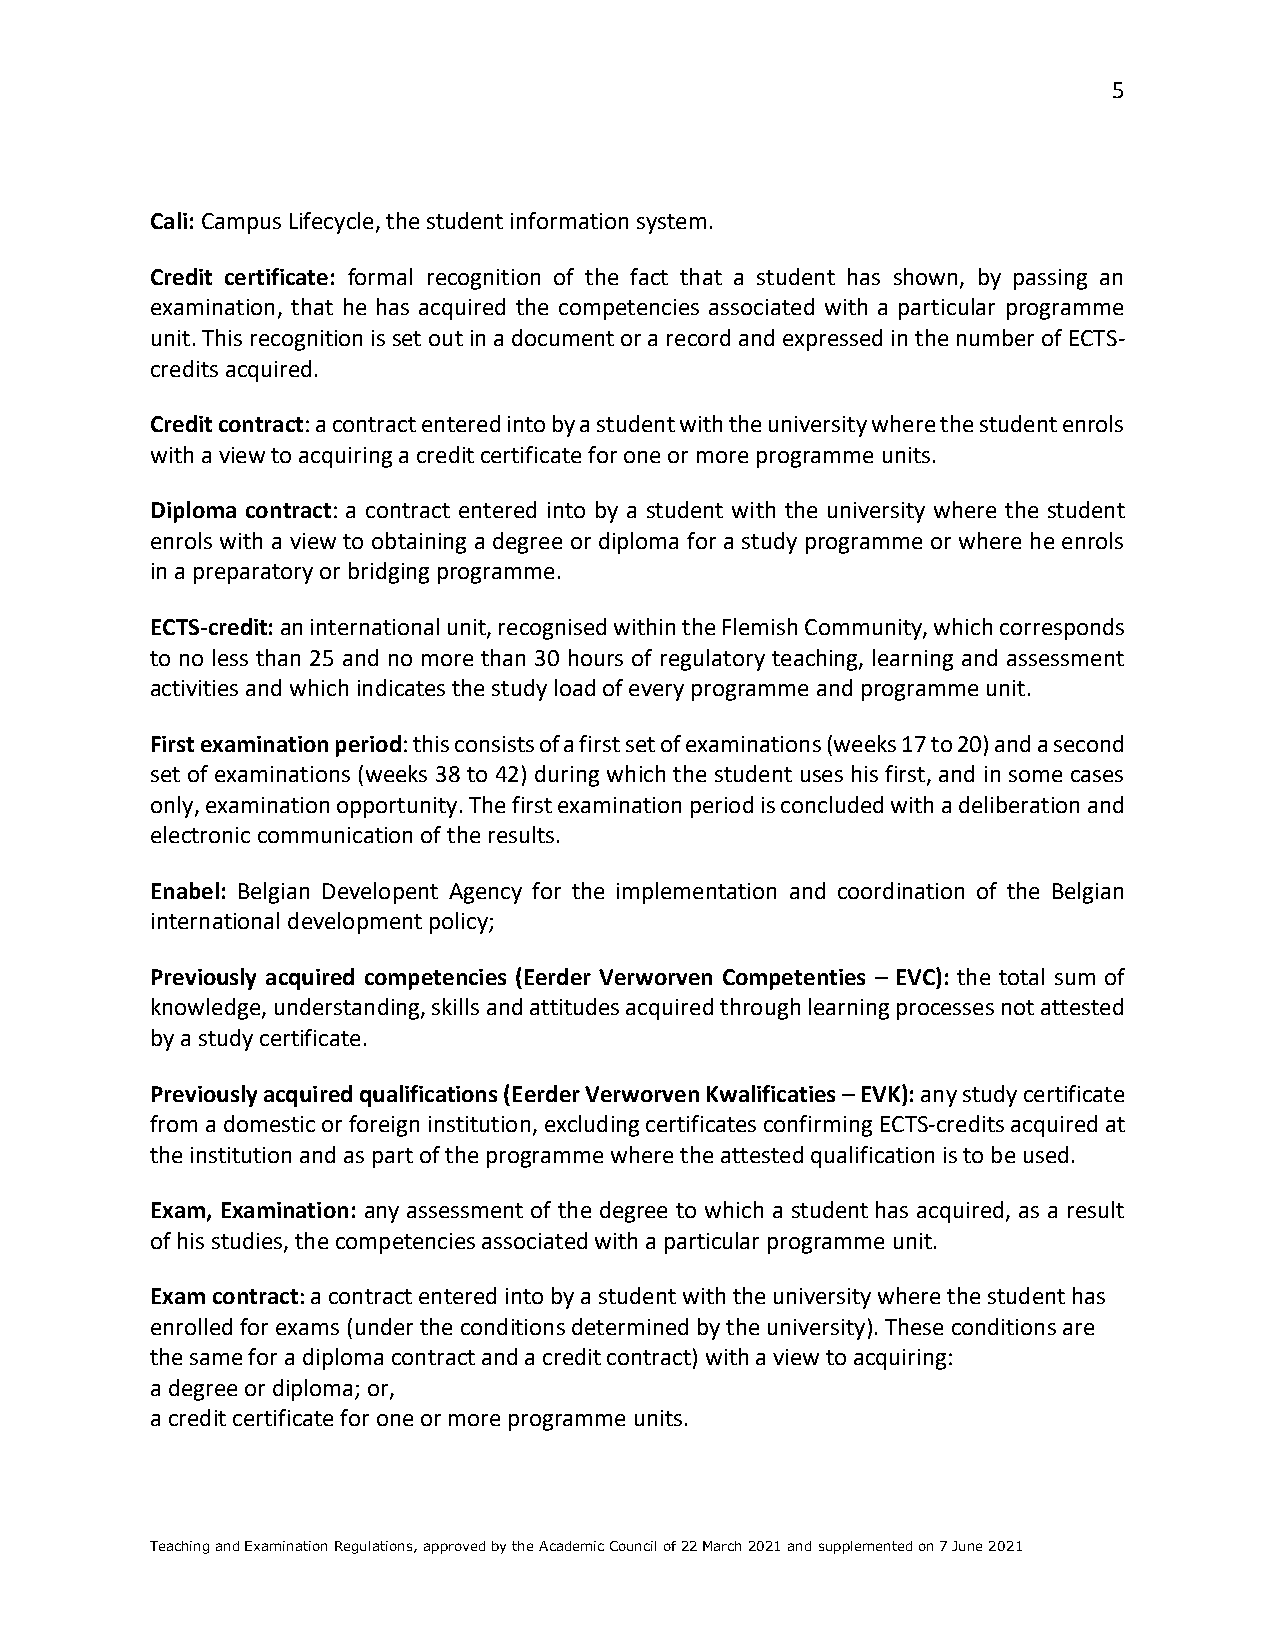
5
 Cali: Campus Lifecycle, the student information system.
 Credit certificate: formal recognition of the fact that a student has shown, by passing an
 examination, that he has acquired the competencies associated with a particular programme
 unit. This recognition is set out in a document or a record and expressed in the number of ECTS-
 credits acquired.
 Credit contract: a contract entered into by a student with the university where the student enrols
 with a view to acquiring a credit certificate for one or more programme units.
 Diploma contract: a contract entered into by a student with the university where the student
 enrols with a view to obtaining a degree or diploma for a study programme or where he enrols
 in a preparatory or bridging programme.
 ECTS-credit: an international unit, recognised within the Flemish Community, which corresponds
 to no less than 25 and no more than 30 hours of regulatory teaching, learning and assessment
 activities and which indicates the study load of every programme and programme unit.
 First examination period: this consists of a first set of examinations (weeks 17 to 20) and a second
 set of examinations (weeks 38 to 42) during which the student uses his first, and in some cases
 only, examination opportunity. The first examination period is concluded with a deliberation and
 electronic communication of the results.
 Enabel: Belgian Developent Agency for the implementation and coordination of the Belgian
 international development policy;
 Previously acquired competencies (Eerder Verworven Competenties – EVC): the total sum of
 knowledge, understanding, skills and attitudes acquired through learning processes not attested
 by a study certificate.
 Previously acquired qualifications (Eerder Verworven Kwalificaties – EVK): any study certificate
 from a domestic or foreign institution, excluding certificates confirming ECTS-credits acquired at
 the institution and as part of the programme where the attested qualification is to be used.
 Exam, Examination: any assessment of the degree to which a student has acquired, as a result
 of his studies, the competencies associated with a particular programme unit.
 Exam contract: a contract entered into by a student with the university where the student has
 enrolled for exams (under the conditions determined by the university). These conditions are
 the same for a diploma contract and a credit contract) with a view to acquiring:
 a degree or diploma; or,
 a credit certificate for one or more programme units.
 Teaching and Examination Regulations, approved by the Academic Council of 22 March 2021 and supplemented on 7 June 2021